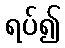
ရပ်၍